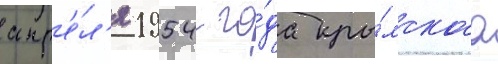
апр'е́л'я 1954 го́да кры́мскаа